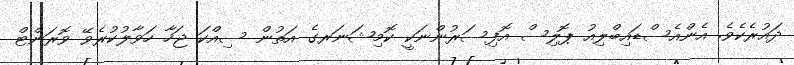
ދައުރެކެވެ. އެންއެސްޑައިބްލިއު ޕޮލިސް އޮފިސަރުންނަކީ ކޮމިޝަނަރގެ އަތުން ސިއްކަ ޖަހާ ހަވާލުކުރެވޭ ވޮރަންޓް